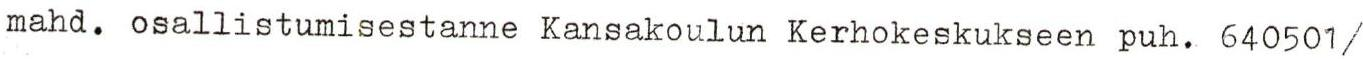
mahd. osallistumisestanne Kansakoulun Kerhokeskukseen puh. 640501/